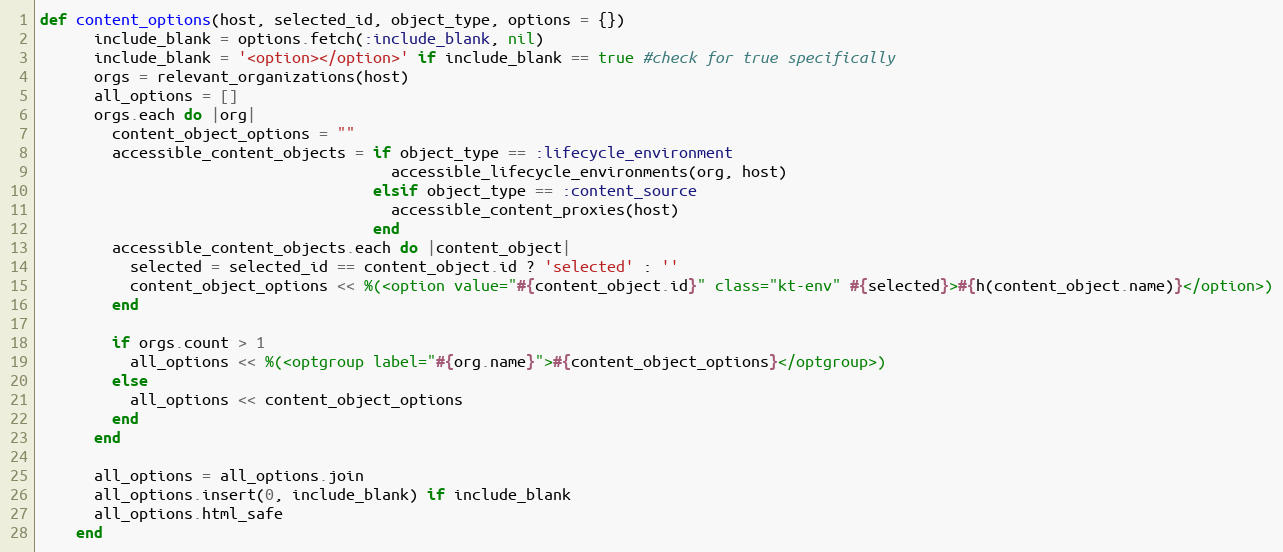
Language: Ruby
def content_options(host, selected_id, object_type, options = {})
      include_blank = options.fetch(:include_blank, nil)
      include_blank = '<option></option>' if include_blank == true #check for true specifically
      orgs = relevant_organizations(host)
      all_options = []
      orgs.each do |org|
        content_object_options = ""
        accessible_content_objects = if object_type == :lifecycle_environment
                                       accessible_lifecycle_environments(org, host)
                                     elsif object_type == :content_source
                                       accessible_content_proxies(host)
                                     end
        accessible_content_objects.each do |content_object|
          selected = selected_id == content_object.id ? 'selected' : ''
          content_object_options << %(<option value="#{content_object.id}" class="kt-env" #{selected}>#{h(content_object.name)}</option>)
        end

        if orgs.count > 1
          all_options << %(<optgroup label="#{org.name}">#{content_object_options}</optgroup>)
        else
          all_options << content_object_options
        end
      end

      all_options = all_options.join
      all_options.insert(0, include_blank) if include_blank
      all_options.html_safe
    end